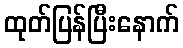
ထုတ်ပြန်ပြီးနောက်